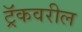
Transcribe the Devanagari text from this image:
ट्रॅकवरील